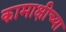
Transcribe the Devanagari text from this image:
कामाक्षीच्या